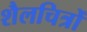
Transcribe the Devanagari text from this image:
शैलचित्रोँ